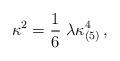
LaTeX: \begin{align*}\kappa^2 = \frac{1}{6}\;\lambda\kappa^4_{(5)} \, ,\end{align*}